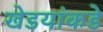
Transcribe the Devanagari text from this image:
खेडयांकडे